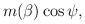
LaTeX: \begin{align*}m(\beta)\cos\psi ,\end{align*}